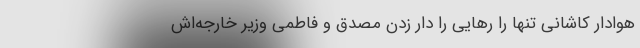
هوادار کاشانی تنها را رهایی را دار زدن مصدق و فاطمی وزیر خارجه‌اش